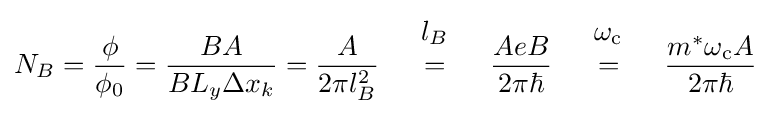
N_{B}={\frac {\phi }{\phi _{0}}}={\frac {BA}{BL_{y}\Delta x_{k}}}={\frac {A}{2\pi l_{B}^{2}}}{\begin{array}{lcr}&l_{B}&\\&=&\\&&\end{array}}{\frac {AeB}{2\pi \hbar }}{\begin{array}{lcr}&\omega _{\rm {c}}&\\&=&\\&&\end{array}}{\frac {m^{*}\omega _{\rm {c}}A}{2\pi \hbar }}